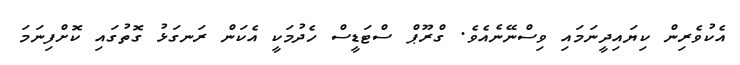
އެކުވެރިން ކިޔައިދީނަމައި ވިސްނޭނެއެވެ. ގްރޫޕް ސްޓަޑީސް ހެދުމަކީ އެކަން ރަނގަޅު ގޮތުގައި ކޮށްފިނަމަ